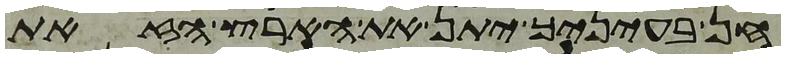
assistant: חן בעיניך יתן את הארץ הזאת